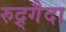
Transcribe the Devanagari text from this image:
रुद्र्गैदा